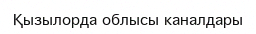
Қызылорда облысы каналдары